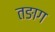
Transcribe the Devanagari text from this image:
तङाग